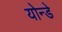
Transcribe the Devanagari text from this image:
योन्डे